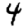
Digit: 4